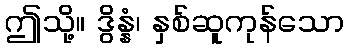
ဤသို့။ ဒွိန္နံ၊ နှစ်ဆူကုန်သော